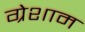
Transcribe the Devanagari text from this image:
ग्रेशाम